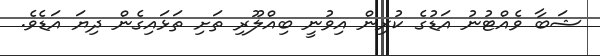
ޝަބާ ވެއްޓުނު އަޑުގެ ކުރިން އިވުނީ ބިއްލޫރި ތަށި ތަޅައިގެން ދިޔަ އަޑެވެ.